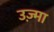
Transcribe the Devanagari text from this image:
उज़्मा